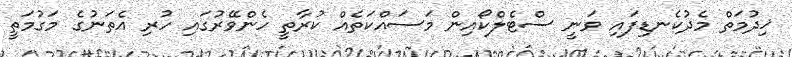
ޚިދުމަތް މެދުކެނޑިފައި ވަނީ ސްޓެލްކޯއިން މަސައްކަތެއް ކުރާތީ ހެންވޭރުގައި ހުރި އެތަނުގެ މަގުމަތީ